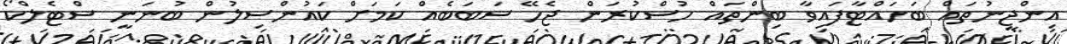
އިންޖީނުތައް ބަހައްޓާފައިވާ ބިންތައް ހުސްކުރަން ޖެހޭ ސަބަބެއް ކަމަށް ކައުންސިލުން ބުނަނީ ސްޓެލްކޯ